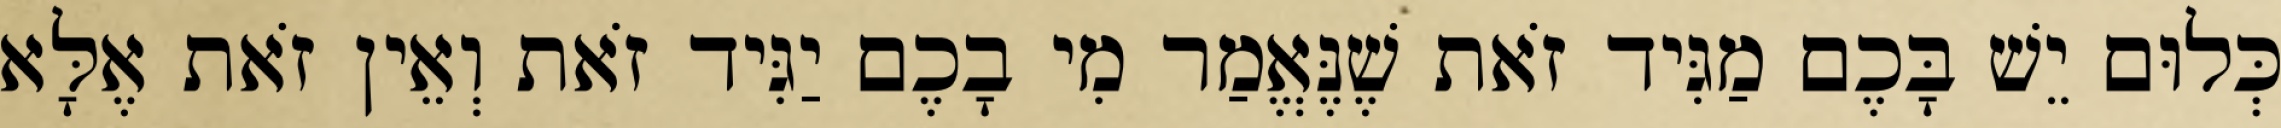
כְּלוּם יֵשׁ בָּכֶם מַגִּיד זֹאת שֶׁנֶּאֱמַר מִי בָכֶם יַגִּיד זֹאת וְאֵין זֹאת אֶלָּא